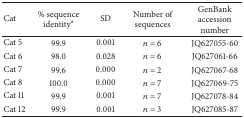
<table><thead><tr><td><b>Cat</b></td><td><b>% sequence identity<sup>a</sup></b></td><td><b>SD</b></td><td><b>Number of sequences</b></td><td><b>GenBank accession number</b></td></tr></thead><tbody><tr><td>Cat 5</td><td>99.9</td><td>0.001</td><td><i>n</i> = 6</td><td>JQ627055-60</td></tr><tr><td>Cat 6</td><td>98.0</td><td>0.028</td><td><i>n</i> = 6</td><td>JQ627061-66</td></tr><tr><td>Cat 7</td><td>99.6</td><td>0.000</td><td><i>n</i> = 2</td><td>JQ627067-68</td></tr><tr><td>Cat 8</td><td>100.0</td><td>0.000</td><td><i>n</i> = 7</td><td>JQ627069-75</td></tr><tr><td>Cat 11</td><td>99.9</td><td>0.001</td><td><i>n</i> = 7</td><td>JQ627078-84</td></tr><tr><td>Cat 12</td><td>99.9</td><td>0.001</td><td><i>n</i> = 3</td><td>JQ627085-87</td></tr></tbody></table>